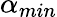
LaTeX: \alpha_{min}